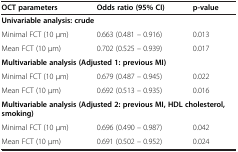
| OCT parameters | Odds ratio (95% CI) | p-value |
 | --- | --- | --- |
 | <COLSPAN=3> Univariable analysis: crude |
 | Minimal FCT (10 μm) | 0.663 (0.481 – 0.916) | 0.013 |
 | Mean FCT (10 μm) | 0.702 (0.525 – 0.939) | 0.017 |
 | <COLSPAN=3> Multivariable analysis (Adjusted 1: previous MI) |
 | Minimal FCT (10 μm) | 0.679 (0.487 – 0.945) | 0.022 |
 | Mean FCT (10 μm) | 0.692 (0.513 – 0.935) | 0.016 |
 | <COLSPAN=3> Multivariable analysis (Adjusted 2: previous MI, HDL cholesterol, smoking) |
 | Minimal FCT (10 μm) | 0.696 (0.490 – 0.987) | 0.042 |
 | Mean FCT (10 μm) | 0.691 (0.502 – 0.952) | 0.024 |